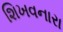
શિખવનારા